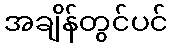
အချိန်တွင်ပင်